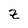
Character: z